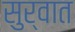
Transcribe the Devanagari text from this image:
सुर्वात